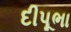
દીપૂભા